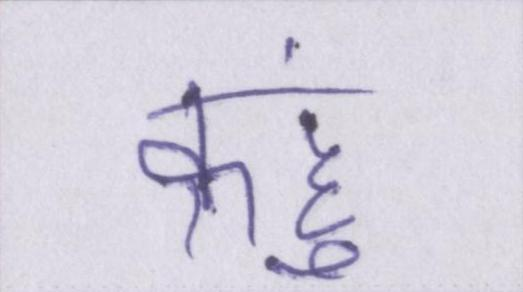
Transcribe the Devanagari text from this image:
कहुं